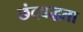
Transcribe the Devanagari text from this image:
छंदबद्धता